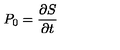
P _ { 0 } = \frac { \partial S } { \partial t }